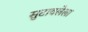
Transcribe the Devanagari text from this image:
सुटावलेला